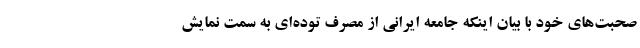
صحبت‌های خود با بیان اینکه جامعه ایرانی از مصرف توده‌ای به سمت نمایش